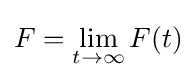
F=\lim _{t\to \infty }F(t)